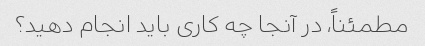
مطمئناً، در آنجا چه کاری باید انجام دهید؟